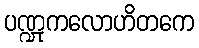
ပဏ္ဍုကလောဟိတကေ